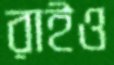
রাইও